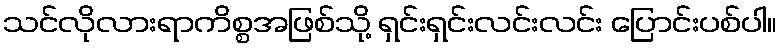
သင်လိုလားရာကိစ္စအဖြစ်သို့ ရှင်းရှင်းလင်းလင်း ပြောင်းပစ်ပါ။